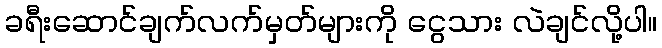
ခရီးဆောင်ချက်လက်မှတ်များကို ငွေသား လဲချင်လို့ပါ။